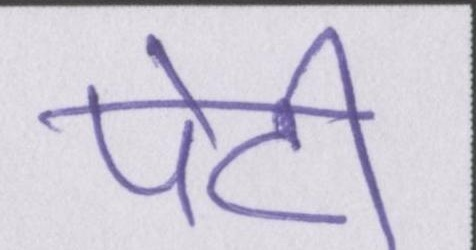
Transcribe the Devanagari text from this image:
पेटी